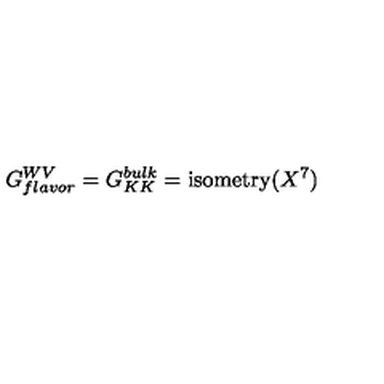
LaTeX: G _ { f l a v o r } ^ { W V } = G _ { K K } ^ { b u l k } = \mathrm { i s o m e t r y } ( X ^ { 7 } )